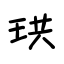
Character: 珙